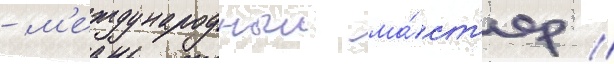
- м'еждународныи ма́ст'ер //